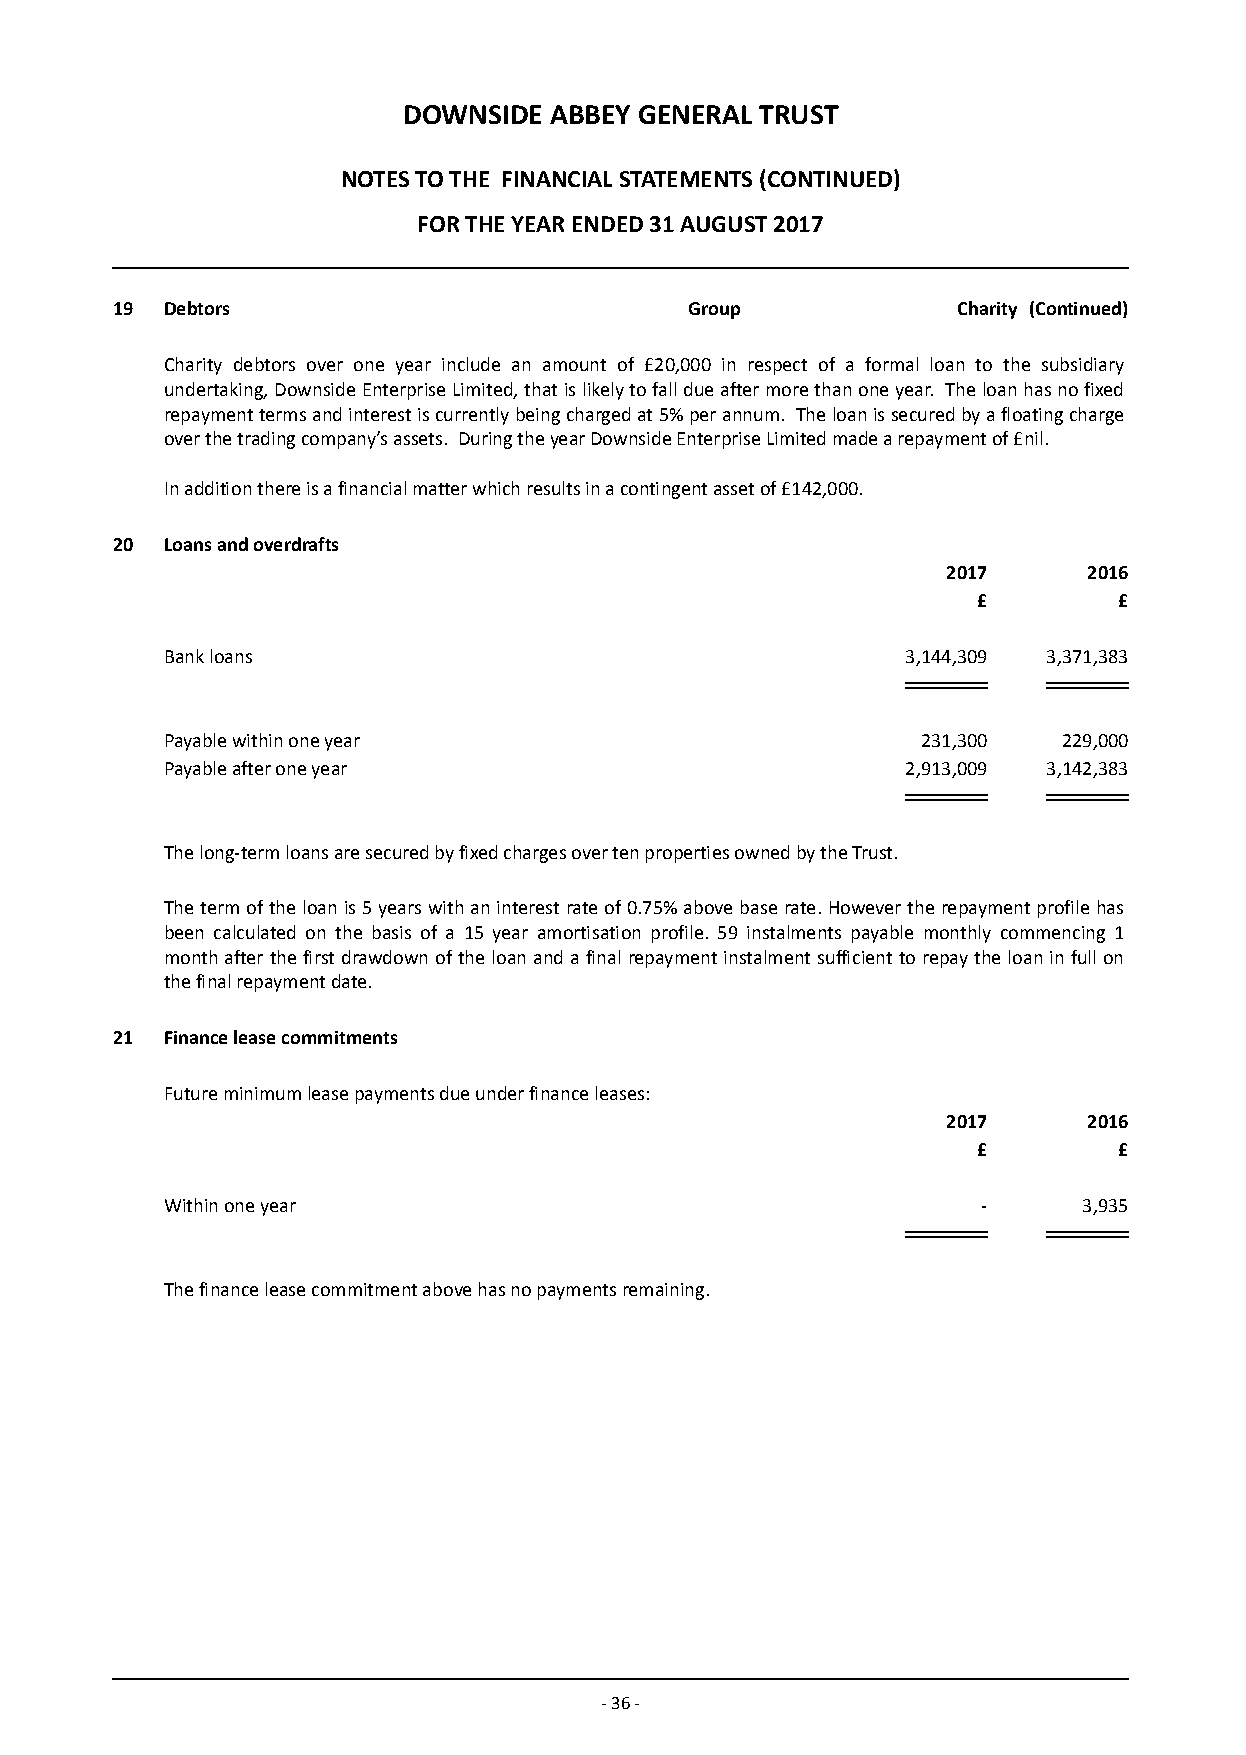
DOWNSIDE ABBEY GENERAL TRUST
 NOTES TO THE FINANCIAL STATEMENTS (CONTINUED)
 FOR THE YEAR ENDED 31 AUGUST 2017
 19  Debtors                            Group            Charity (Continued)
 Charity debtors over one year include an amount of £20,0 00 i n respect of a formal loan to the subsidiary
 undertaking, Downside Enterprise Limited, that is likely to fall due after more than one year. The loan has no fixed
 repayment terms and interest is currently being charged at 5% per annum. The loan is secured by a floating charge
 over the trading company’s assets. During the year Downside Enterprise Limited made a repayment of £nil.
 In addition there is a financial matter which results in a contingent asset of £142,000.
 20  Loans and overdrafts
 2017     2016
 £        £
 Bank loans                                       3,144,309 3,371,383
 Payable within one year                           231,300  229,000
 Payable after one year                           2,913,009 3,142,383
 The long-term loans are secured by fixed charges over ten properties owned by the Trust.
 The term of the loan is 5 years with an interest rate of 0.75% above base rate. However the repayment profile has
 been calculated on the basis of a 15 year amortisation profile. 59 instalments payable monthly commencing 1
 month after the first drawdown of the loan and a final repayment instalment sufficient to repay the loan in full on
 the final repayment date.
 21  Finance lease commitments
 Future minimum lease payments due under finance leases:
 2017     2016
 £        £
 Within one year                                       -      3,935
 The finance lease commitment above has no payments remaining.
 - 36 -